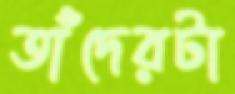
তাঁদেরটা